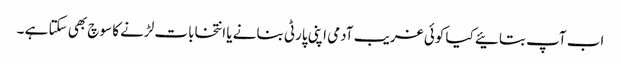
اب آپ بتائیے کیا کوئی غریب آدمی اپنی پارٹی بنانے یا انتخابات لڑنے کا سوچ بھی سکتا ہے ۔